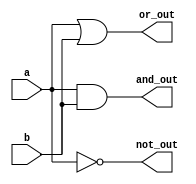
//Verilog cod for logic gates
module AndOr(a, b, and_out, or_out, not_out);
	input	a, b;
	output	and_out, or_out, not_out;

	assign	and_out = a&b;
	assign	or_out = a|b;
	assign	not_out = ~a;
endmodule